Jaan_Tonisson_(Lasteleht), lk 441
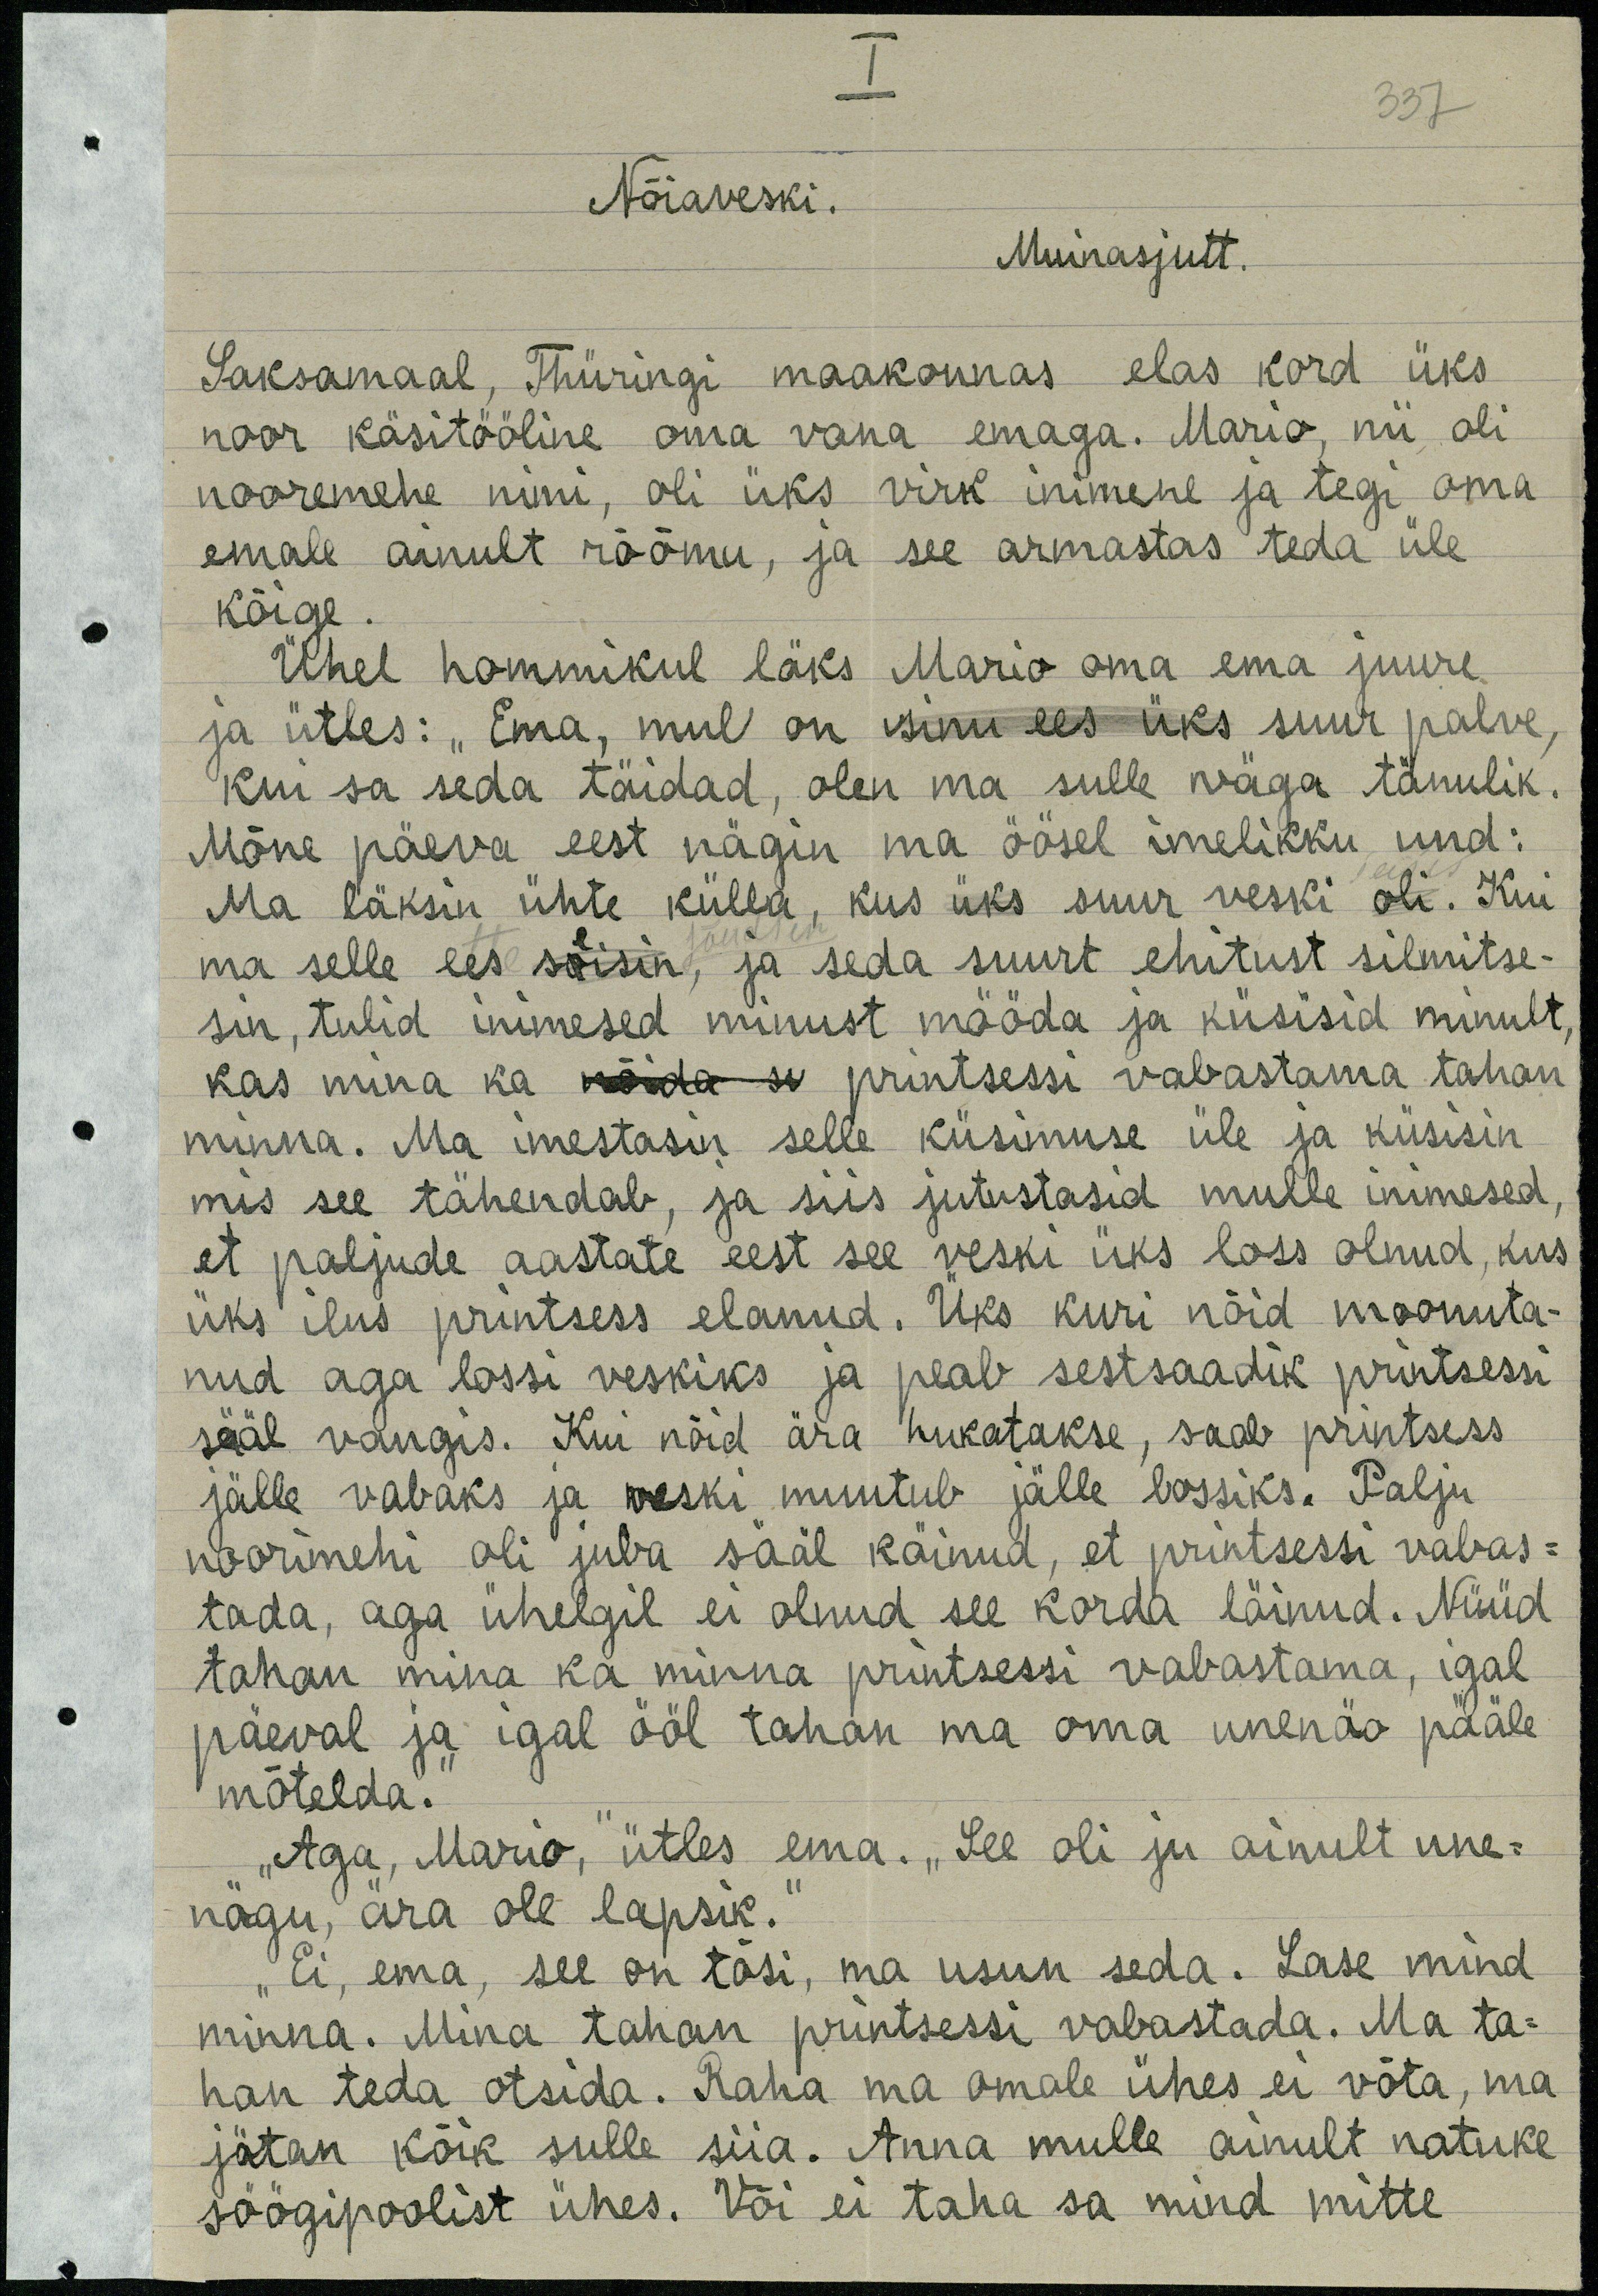
I
337
Nõiaveski.
Muinasjutt.
Saksamaal, Thüringi maakonnas elas kord üks
noor käsitööline oma vana emaga. Mario, nii oli
nooremehe nimi, oli üks virk inimene ja tegi oma
emale ainult rõõmu, ja see armastas teda üle-
kõige.
Ühel hommikul läks Mario oma ema juure,
ja ütles: "Ema, mul on suur palve,
kui sa seda täidad, olen ma sulle wäga tänulik.
Mõne päeva eest nägin ma öösel imelikku und:
Ma läksin ühte külla, kus üks suur veski oli. Kui
ma selle ees seisin, ja seda suurt ehitust silmitse-
sin, tulid inimesed minust mööda ja küsisid minult
kas mina ka printsessi vabastama tahan
minna. Ma imestasin selle küsimuse üle ja küsisin
mis see tähendab, ja siis jutustasid mulle inimesed.
et paljude aastate eest see veski üks loss olnud, kus
üks ilus printsess elanud. Üks kuri nõid moonuta-
nud aga lossi veskiks ja peab sest saadik printsessi
sääl vangis. Kui nõid ära hukatakse, saab printsess
jälle vabaks ja veski muutub jälke lossiks. Palju
noorimehi oli juba sääl käinud, et printessi vabas-
tada, aga ühelgil ei olnud see korda läinud. Nüüd
tahan mina ka minna printsessi vabastama, igal
päeval ja igal ööl tahan ma oma unenäo pääle
mõtelda.
„Aga, Mario," ütles ema. „See oli ju ainult une-
nägu, ära ole lapsik.“
„Ei, ema, see on tõsi, ma usun seda. Lase mind
minna. Mina tahan printsessi vabastada. Ma ta-
han teda otsida. Raha ma omale ühes ei võta, ma
jätan kõik sulle siia. Anna mulle ainult natuke-
söögipoolist ühes. Või ei taha sa mind mitte